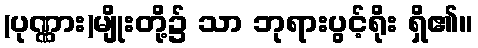
(ပုဏ္ဏား)မျိုးတို့၌ သာ ဘုရားပွင့်ရိုး ရှိ၏။